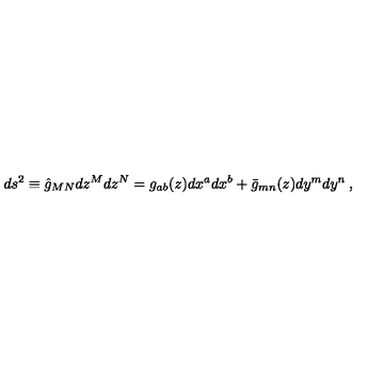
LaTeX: d s ^ { 2 } \equiv \hat { g } _ { M N } d z ^ { M } d z ^ { N } = g _ { a b } ( z ) d x ^ { a } d x ^ { b } + \bar { g } _ { m n } ( z ) d y ^ { m } d y ^ { n } \: ,